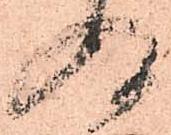
ぬ